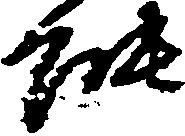
能